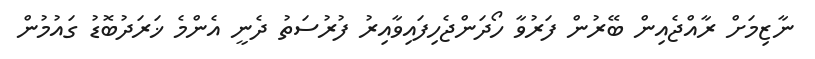
ނާޒިމަށް ރާއްޖެއިން ބޭރުން ފަރުވާ ހޯދަންޖެހިފައިވާއިރު ފުރުސަތު ދެނީ އެންމެ ޚަރަދުބޮޑު ގައުމުން